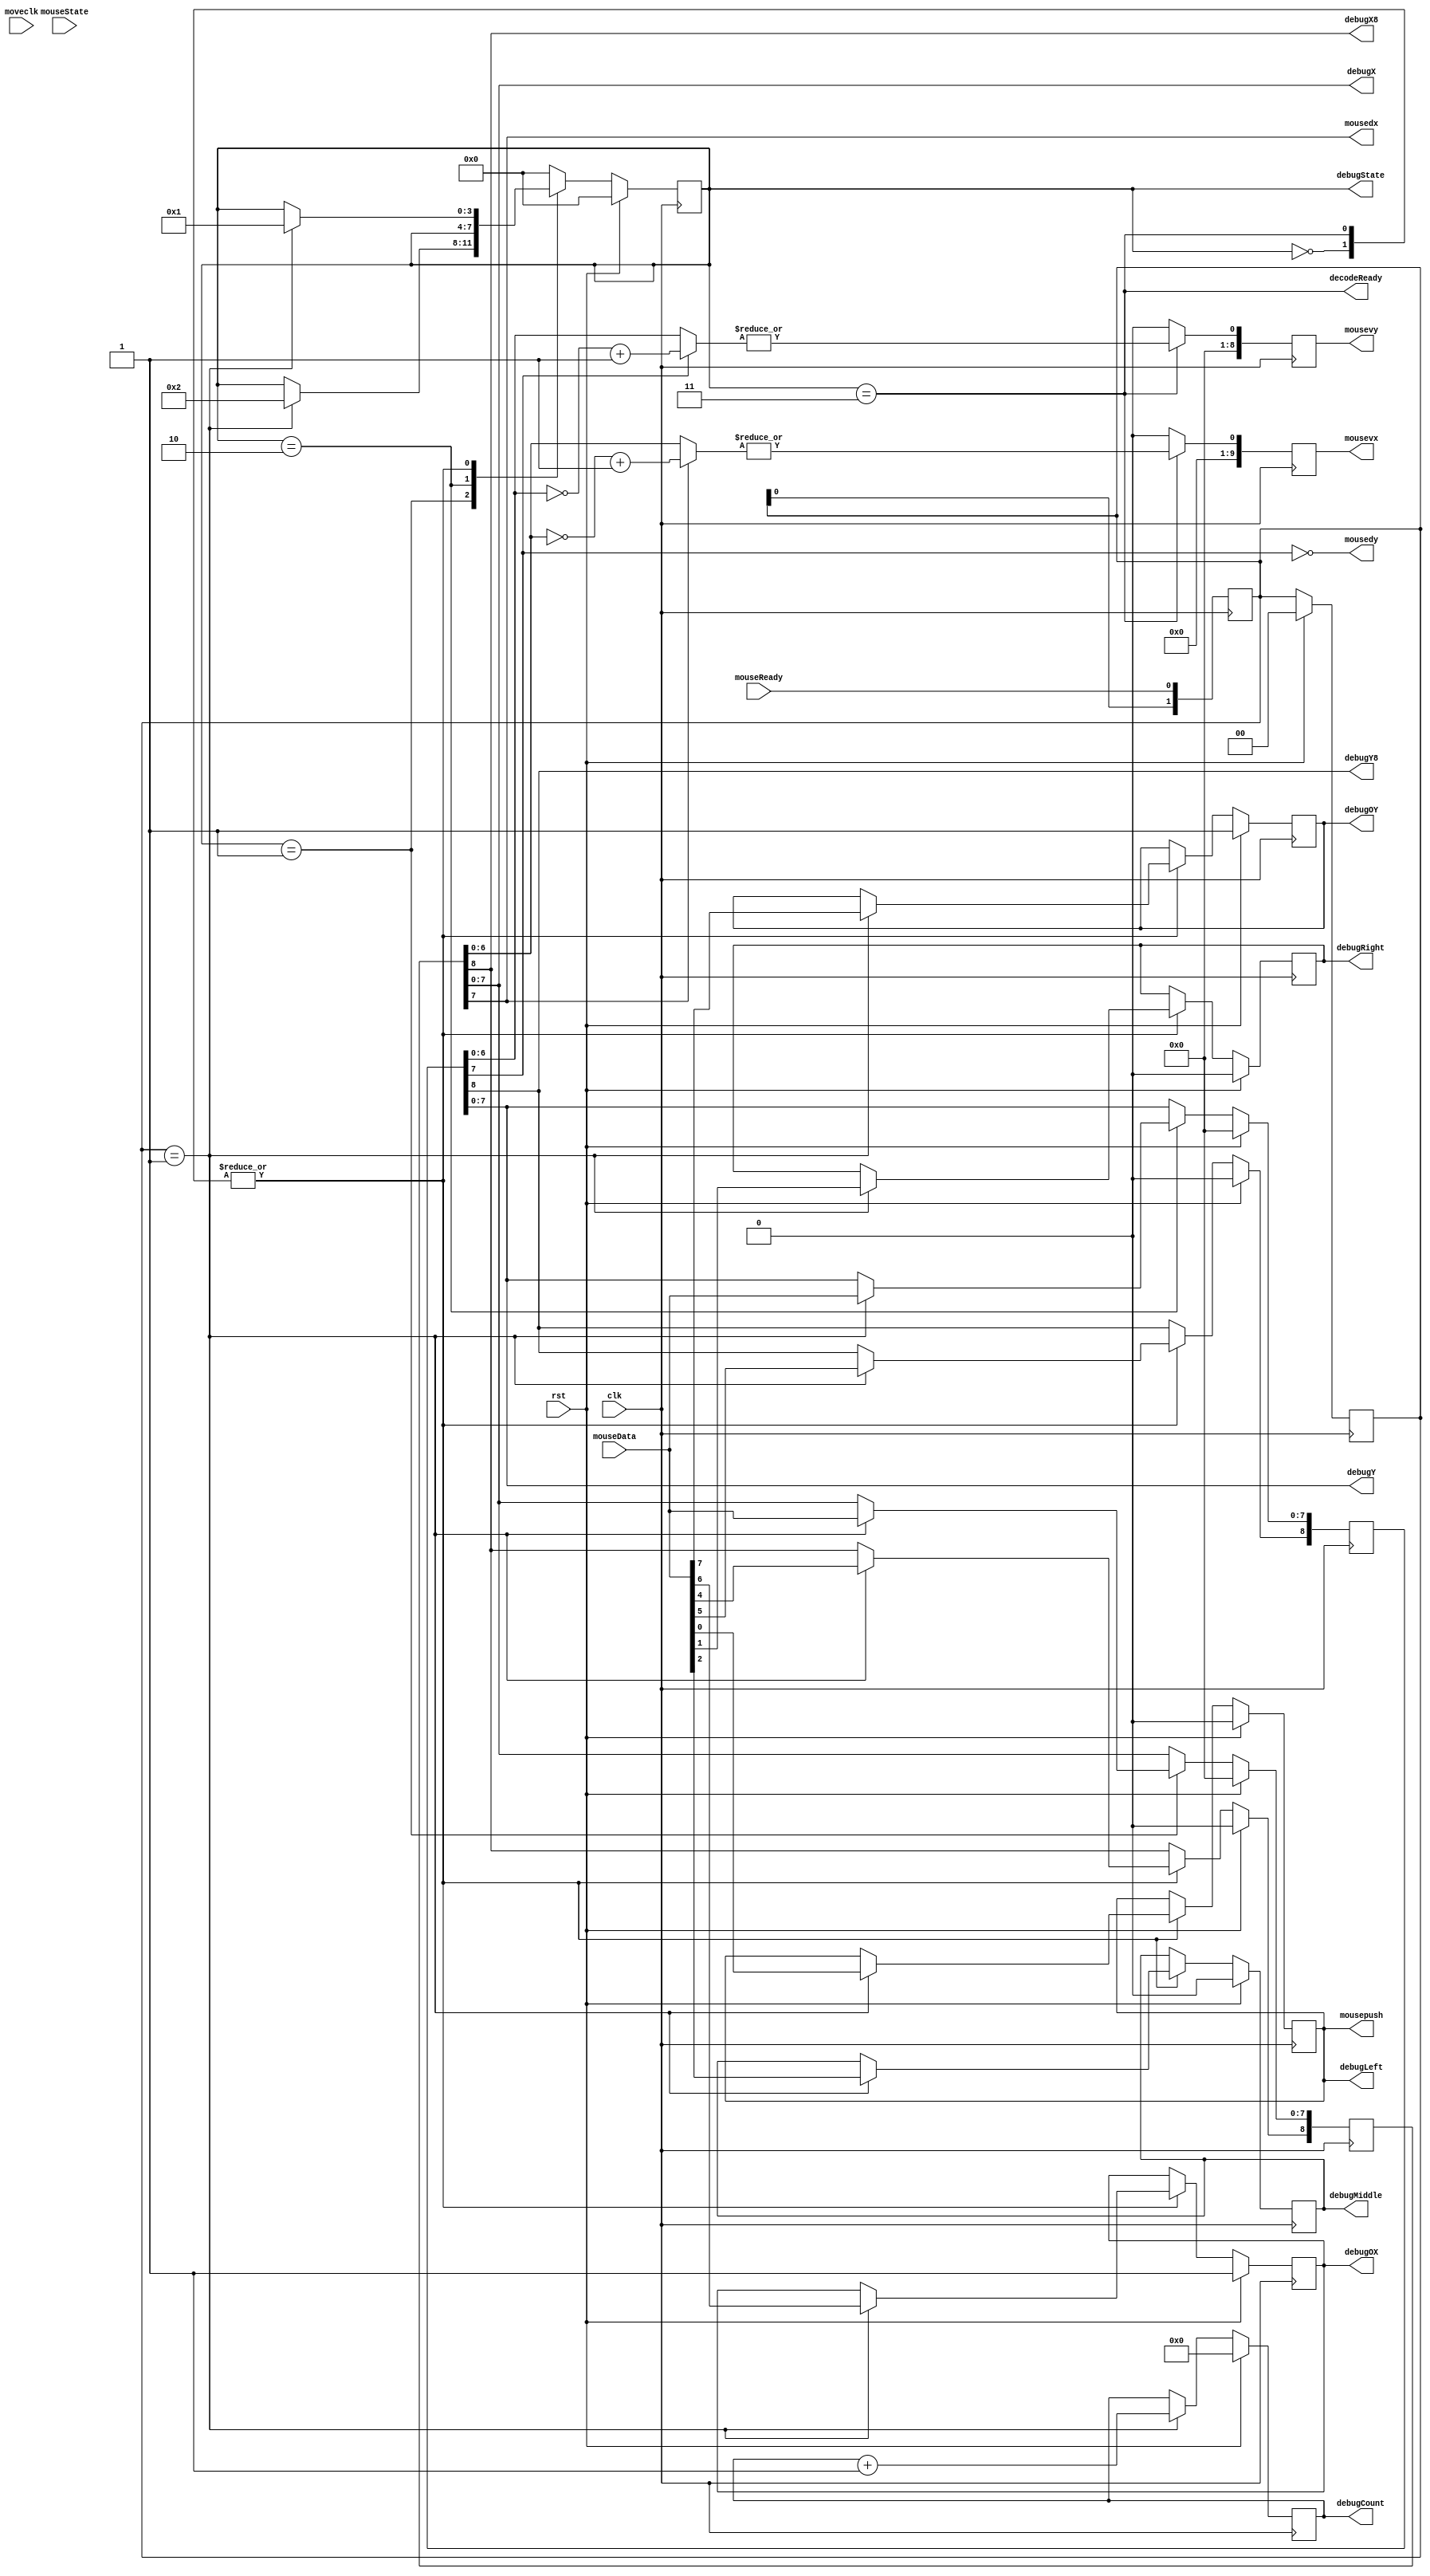
`timescale 1ns / 1ps
//////////////////////////////////////////////////////////////////////////////////
// Company: 
// Engineer: 
// 
// Design Name: 
// Module Name: mouseDecoder
// Project Name: 
// Target Devices: 
// Tool Versions: 
// Description: 
// 
// Dependencies: 
// 
// Revision:
// Revision 0.01 - File Created
// Additional Comments:
// 
//////////////////////////////////////////////////////////////////////////////////


module mouseDecoder(
    input clk,
    input rst,
    input       mouseReady,
    input [7:0] mouseData,
    input [3:0] mouseState,
    input moveclk,

    output decodeReady,
    output reg [9:0] mousevx,
    output reg [8:0] mousevy,
    output mousedx,
    output mousedy,
    output [7:0] debugX,
    output [7:0] debugY,
    output debugLeft,
    output debugRight,
    output debugMiddle,
    output debugX8,
    output debugY8,
    output debugOX,
    output debugOY,
    output reg [31:0] debugCount,
    output [3:0] debugState,
    output wire mousepush
);

reg [3:0] state;

reg [1:0] mouse_sample;

always @ (posedge clk) begin
    mouse_sample <= {mouse_sample[0], mouseReady};
end

reg [8:0] X;
reg [8:0] Y;
reg [7:0] Z;
reg overflowX;
reg overflowY;
reg middle;
reg right;
reg left;

always @ (posedge clk) begin
    if(rst) begin
        left <= 0;
        right <= 0;
        middle <= 0;
        X <= 0;
        Y <= 0;
        overflowX <= 1;
        overflowY <= 1;
        state <= 0;
        mouse_sample <= 0;
        debugCount <= 0;
    end
    else begin
        
        case(state)
            0: begin
                if(mouse_sample == 2'b01) begin
                    left       <= mouseData[0];
                    right      <= mouseData[1];
                    middle     <= mouseData[2];
                    X[8]       <= mouseData[4];
                    Y[8]       <= mouseData[5];
                    overflowX  <= mouseData[6];
                    overflowY  <= mouseData[7];
                    state <= 1;                
                    debugCount <= debugCount + 1;     
                end
                else begin
                    state <= state;
                end
            end
            1: begin
                if(mouse_sample == 2'b01) begin
                    X[7:0] <= mouseData;
                    state <= 2;    
                    debugCount <= debugCount + 1;
                end
                else begin
                    state <= state;
                end
            end
            2: begin
                if(mouse_sample == 2'b01) begin
                    Y[7:0] <= mouseData;
                    // state <= 3;
                    state <= state;
                    debugCount <= debugCount + 1;
                end
                else begin
                    state <= state;
                end
            end
            3: begin
                if(mouse_sample == 2'b01) begin
                    left       <= mouseData[0];
                    right      <= mouseData[1];
                    middle     <= mouseData[2];
                    X[8]       <= mouseData[4];
                    Y[8]       <= mouseData[5];
                    overflowX  <= mouseData[6];
                    overflowY  <= mouseData[7]; 
                    state <= 1;  
                    // state <= state;  
                    debugCount <= debugCount + 1;
                end
                else begin
                    state <= state;
                end
            end
            default: begin
                if(mouse_sample == 2'b01) begin
                    debugCount <= debugCount + 1;
                end
                state <= 0;
            end
        endcase
    end
end

wire [7:0] Xn = {1'b0,~X[6:0]}+1;
wire [7:0] Yn = {1'b0,~Y[6:0]}+1;

wire [6:0] tmpvx;
wire [6:0] tmpvy;

assign decodeReady = (state == 4'd3);
assign mousedx = X[7];
assign tmpvx = X[7] ? Xn[6:0] : X[6:0];
assign mousedy = ~Y[7];
assign tmpvy = Y[7] ? Yn[6:0] : Y[6:0];

assign mousepush = left;

reg [1:0] holdstate;

reg [1:0] moveclk_sample;

assign debugX = X[7:0];
assign debugY = Y[7:0];
assign debugLeft = left;
assign debugRight = right;
assign debugMiddle = middle;
assign debugOX = overflowX;
assign debugOY = overflowY;
assign debugX8 = X[8];
assign debugY8 = Y[8];
assign debugState = state;

always @ (posedge clk) begin
    moveclk_sample <= {moveclk_sample[0], moveclk};
end

always @ (posedge clk) begin
    if(state == 4'd3) begin
        mousevx <= {9'b0, |tmpvx};
        mousevy <= {8'b0, |tmpvy};
    end
    else begin
        mousevx <= 0;
        mousevy <= 0;
    end
    ////////////////
    // case(holdstate)
    //     2'b00: begin
    //         if(state == 4'd3) begin
    //             holdstate <= 2'b01;
    //             mousevx <= {9'b0, 1'b1};
    //             mousevy <= {8'b0, 1'b1};
    //         end
    //         else begin
    //             holdstate <= holdstate;
    //         end
    //     end
    //     2'b01: begin
    //         if(moveclk_sample == 2'b01) begin
    //             holdstate <= 2'b10;
    //         end
    //         else begin
    //             holdstate <= holdstate;
    //         end
    //     end
    //     2'b10: begin
    //         if(moveclk_sample == 2'b10) begin
    //             holdstate <= 2'b11;
    //             mousevx <= 0;
    //             mousevy <= 0;
    //         end
    //         else begin
    //             holdstate <= holdstate;
    //         end
    //     end
    //     2'b11: begin
    //         if(state == 4'd3) holdstate <= 2'b11;
    //         else holdstate <= 2'b00;
    //     end
    //     default: begin
            
    //     end
    // endcase
end


endmodule